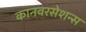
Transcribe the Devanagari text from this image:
कानवरसेशन्स